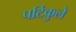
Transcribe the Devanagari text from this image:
पर्टिकुले